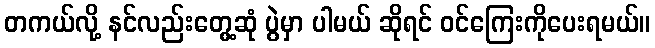
တကယ်လို့ နင်လည်းတွေ့ဆုံ ပွဲမှာ ပါမယ် ဆိုရင် ဝင်ကြေးကိုပေးရမယ်။